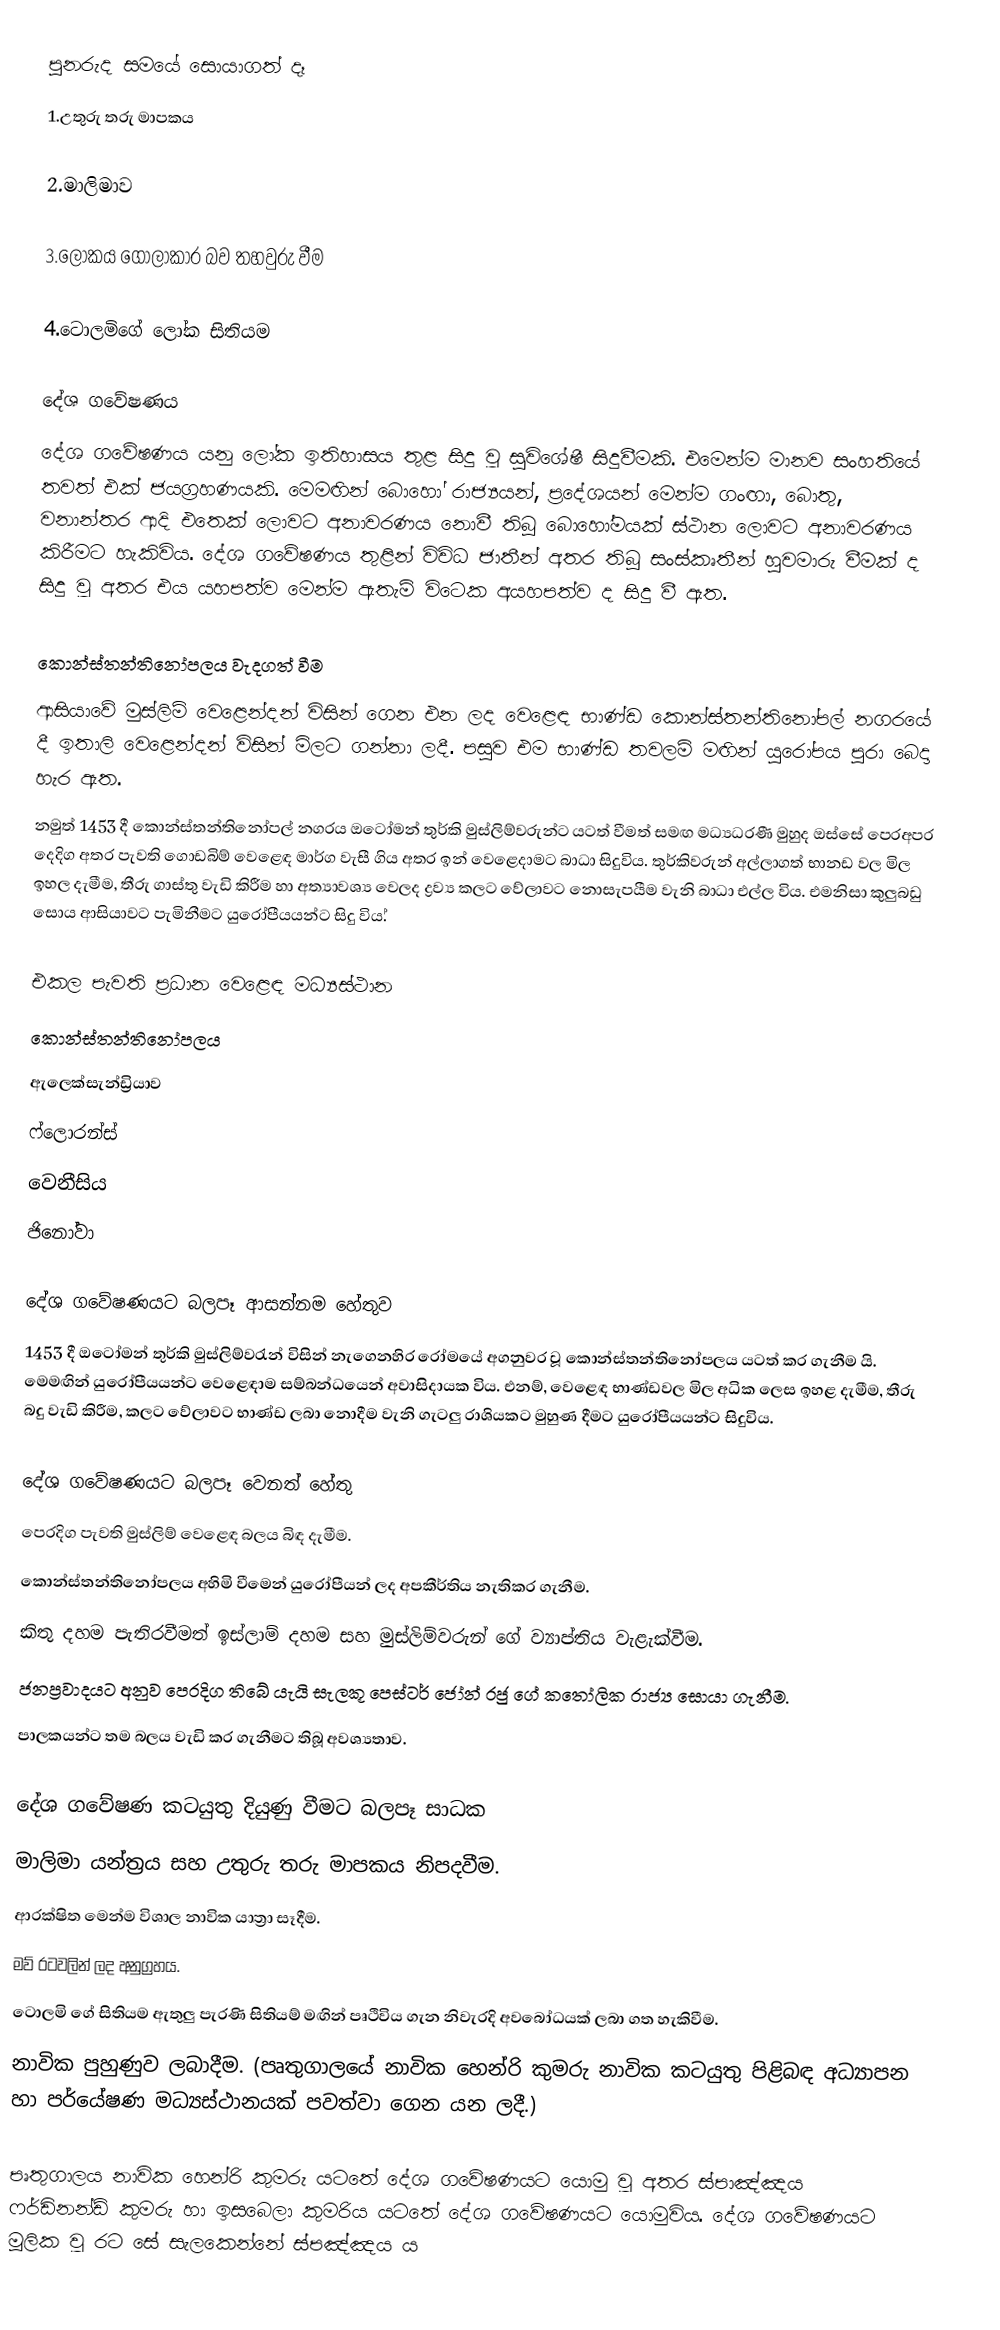
පුනරුද සමයේ සොයාගත් දෑ
1.උතුරු තරු මාපකය

2.මාලිමාව

3.ලෝකය ගෝලාකාර බව තහවුරු වීම

4.ටොලමිගේ ලෝක සිතියම

දේශ ගවේෂණය
දේශ ගවේෂණය යනු ලෝක ඉතිහාසය තුළ සිදු වූ සුවිශේෂී සිදුවීමකි. එමෙන්ම මානව සංහතියේ තවත් එක් ජයග්‍රහණයකි. මෙමඟින් බොහෝ රාජ්‍යයන්, ප්‍රදේශයන් මෙන්ම ගංඟා, බොතු, වනාන්තර ආදි එතෙක් ලොවට අනාවරණය නොවී තිබූ බොහෝමයක් ස්ථාන ලොවට අනාවරණය කිරීමට හැකිවිය. දේශ ගවේෂණය තුළින් විවිධ ජාතීන් අතර තිබූ සංස්කෘතීන් හුවමාරු වීමක් ද සිදු වූ අතර එය යහපත්ව මෙන්ම ඇතැම් විටෙක අයහපත්ව ද සිදු වී ඇත.

කොන්ස්තන්තිනෝපලය වැදගත් වීම
ආසියාවේ මුස්ලිම් වෙළෙන්දන් විසින් ගෙන එන ලද වෙළෙඳ භාණ්ඩ කොන්ස්තන්තිනෝපල් නගරයේ දී ඉතාලි වෙළෙන්දන් විසින් මිලට ගන්නා ලදී. පසුව එම භාණ්ඩ තවලම් මඟින් යුරෝපය පුරා බෙදා හැර ඇත.
නමුත් 1453 දී කොන්ස්තන්තිනෝපල් නගරය ඔටෝමන් තුර්කි මුස්ලිම්වරුන්ට  යටත් වීමත් සමඟ මධ්‍යධරණී මුහුද  ඔස්සේ පෙරඅපර දෙදිග අතර පැවති ගොඩබිම් වෙළෙඳ මාර්ග වැසී ගිය අතර ඉන් වෙළෙදාමට බාධා සිදුවිය. තුර්කිවරුන් අල්ලාගත් භානඩ වල මිල ඉහල දැමීම, තීරු ගාස්තු වැඩි කිරීම හා අත්‍යාවශ්‍ය වෙලද ද්‍රව්‍ය කලට වේලාවට නොසැපයීම වැනි බාධා එල්ල විය. එමනිසා කුලුබඩු සොය ආසියාවට පැමිනීමට යුරෝපීයයන්ට සිදු විය.්

එකල පැවති ප්‍රධාන වෙළෙඳ මධ්‍යස්ථාන
 කොන්ස්තන්තිනෝපලය
 ඇලෙක්සැන්ඩ්‍රියාව
 ෆ්ලොරන්ස්
 වෙනීසිය
 ජිනෝවා

දේශ ගවේෂණයට බලපෑ ආසන්නම හේතුව
1453 දී ඔටෝමන් තුර්කි මුස්ලිම්වරැන් විසින් නැගෙනහිර රෝමයේ අගනුවර වූ කොන්ස්තන්තිනෝපලය යටත් කර ගැනීම යි. මෙමඟින් යුරෝපීයයන්ට වෙළෙඳාම සම්බන්ධයෙන් අවාසිදායක විය. එනම්, වෙළෙඳ භාණ්ඩවල මිල අධික ලෙස ඉහළ දැමීම, තීරු බදු වැඩි කිරීම, කලට වේලාවට භාණ්ඩ ලබා නොදීම වැනි ගැටලු රාශියකට මුහුණ දීමට යුරෝපීයයන්ට සිදුවිය.

දේශ ගවේෂණයට බලපෑ වෙනත් හේතු
 පෙරදිග පැවති මුස්ලිම් වෙළෙඳ බලය බිඳ දැමීම.
 කොන්ස්තන්තිනෝපලය අහිමි වීමෙන් යුරෝපීයන් ලද අපකීර්තිය නැතිකර ගැනීම.
 කිතු දහම පැතිරවීමත් ඉස්ලාම් දහම සහ මුස්ලිම්වරුන් ගේ ව්‍යාප්තිය වැළැක්වීම.
 ජනප්‍රවාදයට අනුව පෙරදිග තිබේ යැයි සැලකූ පෙස්ටර් ජෝන් රජු ගේ කතෝලික රාජ්‍ය සොයා ගැනීම.
 පාලකයන්ට තම බලය වැඩි කර ගැනීමට තිබූ අවශ්‍යතාව.

දේශ ගවේෂණ කටයුතු දියුණු වීමට බලපෑ සාධක
 මාලිමා යන්ත්‍රය සහ උතුරු තරු මාපකය නිපදවීම.
 ආරක්ෂිත මෙන්ම විශාල නාවික යාත්‍රා සෑදීම.
 මව් රටවලින් ලද අනුග්‍රහය.
 ටොලමි ගේ සිතියම ඇතුලු පැරණි සිතියම් මඟින් පෘථිවිය ගැන නිවැරදි අවබෝධයක් ලබා ගත හැකිවීම.
 නාවික පුහුණුව ලබාදීම. (පෘතුගාලයේ නාවික හෙන්රි කුමරු නාවික කටයුතු පිළිබඳ අධ්‍යාපන හා පර්යේෂණ මධ්‍යස්ථානයක් පවත්වා ගෙන යන ලදී.)

 පෘතුගාලය නාවික හෙන්රි කුමරු යටතේ දේශ ගවේෂණයට යොමු වූ අතර ස්පාඤ්ඤය ෆර්ඩිනන්ඩ් කුමරු හා ඉසබෙලා කුමරිය යටතේ දේශ ගවේෂණයට යොමුවිය. දේශ ගවේෂණයට මූලික වූ රට සේ සැලකෙන්නේ ස්පඤ්ඤය ය